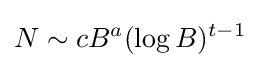
N\sim cB^{a}(\log B)^{t-1}